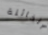
الخائنة